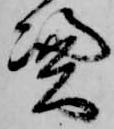
憑